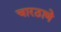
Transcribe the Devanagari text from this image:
चारठाणे